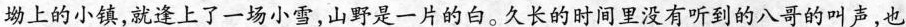
坳上的小镇，就逢上了一场小雪，山野是一片的白。久长的时间里没有听到的八哥的叫声，也